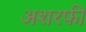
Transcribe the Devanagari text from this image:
अशरफी